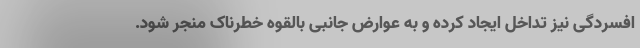
افسردگی نیز تداخل ایجاد کرده و به عوارض جانبی بالقوه خطرناک منجر شود.